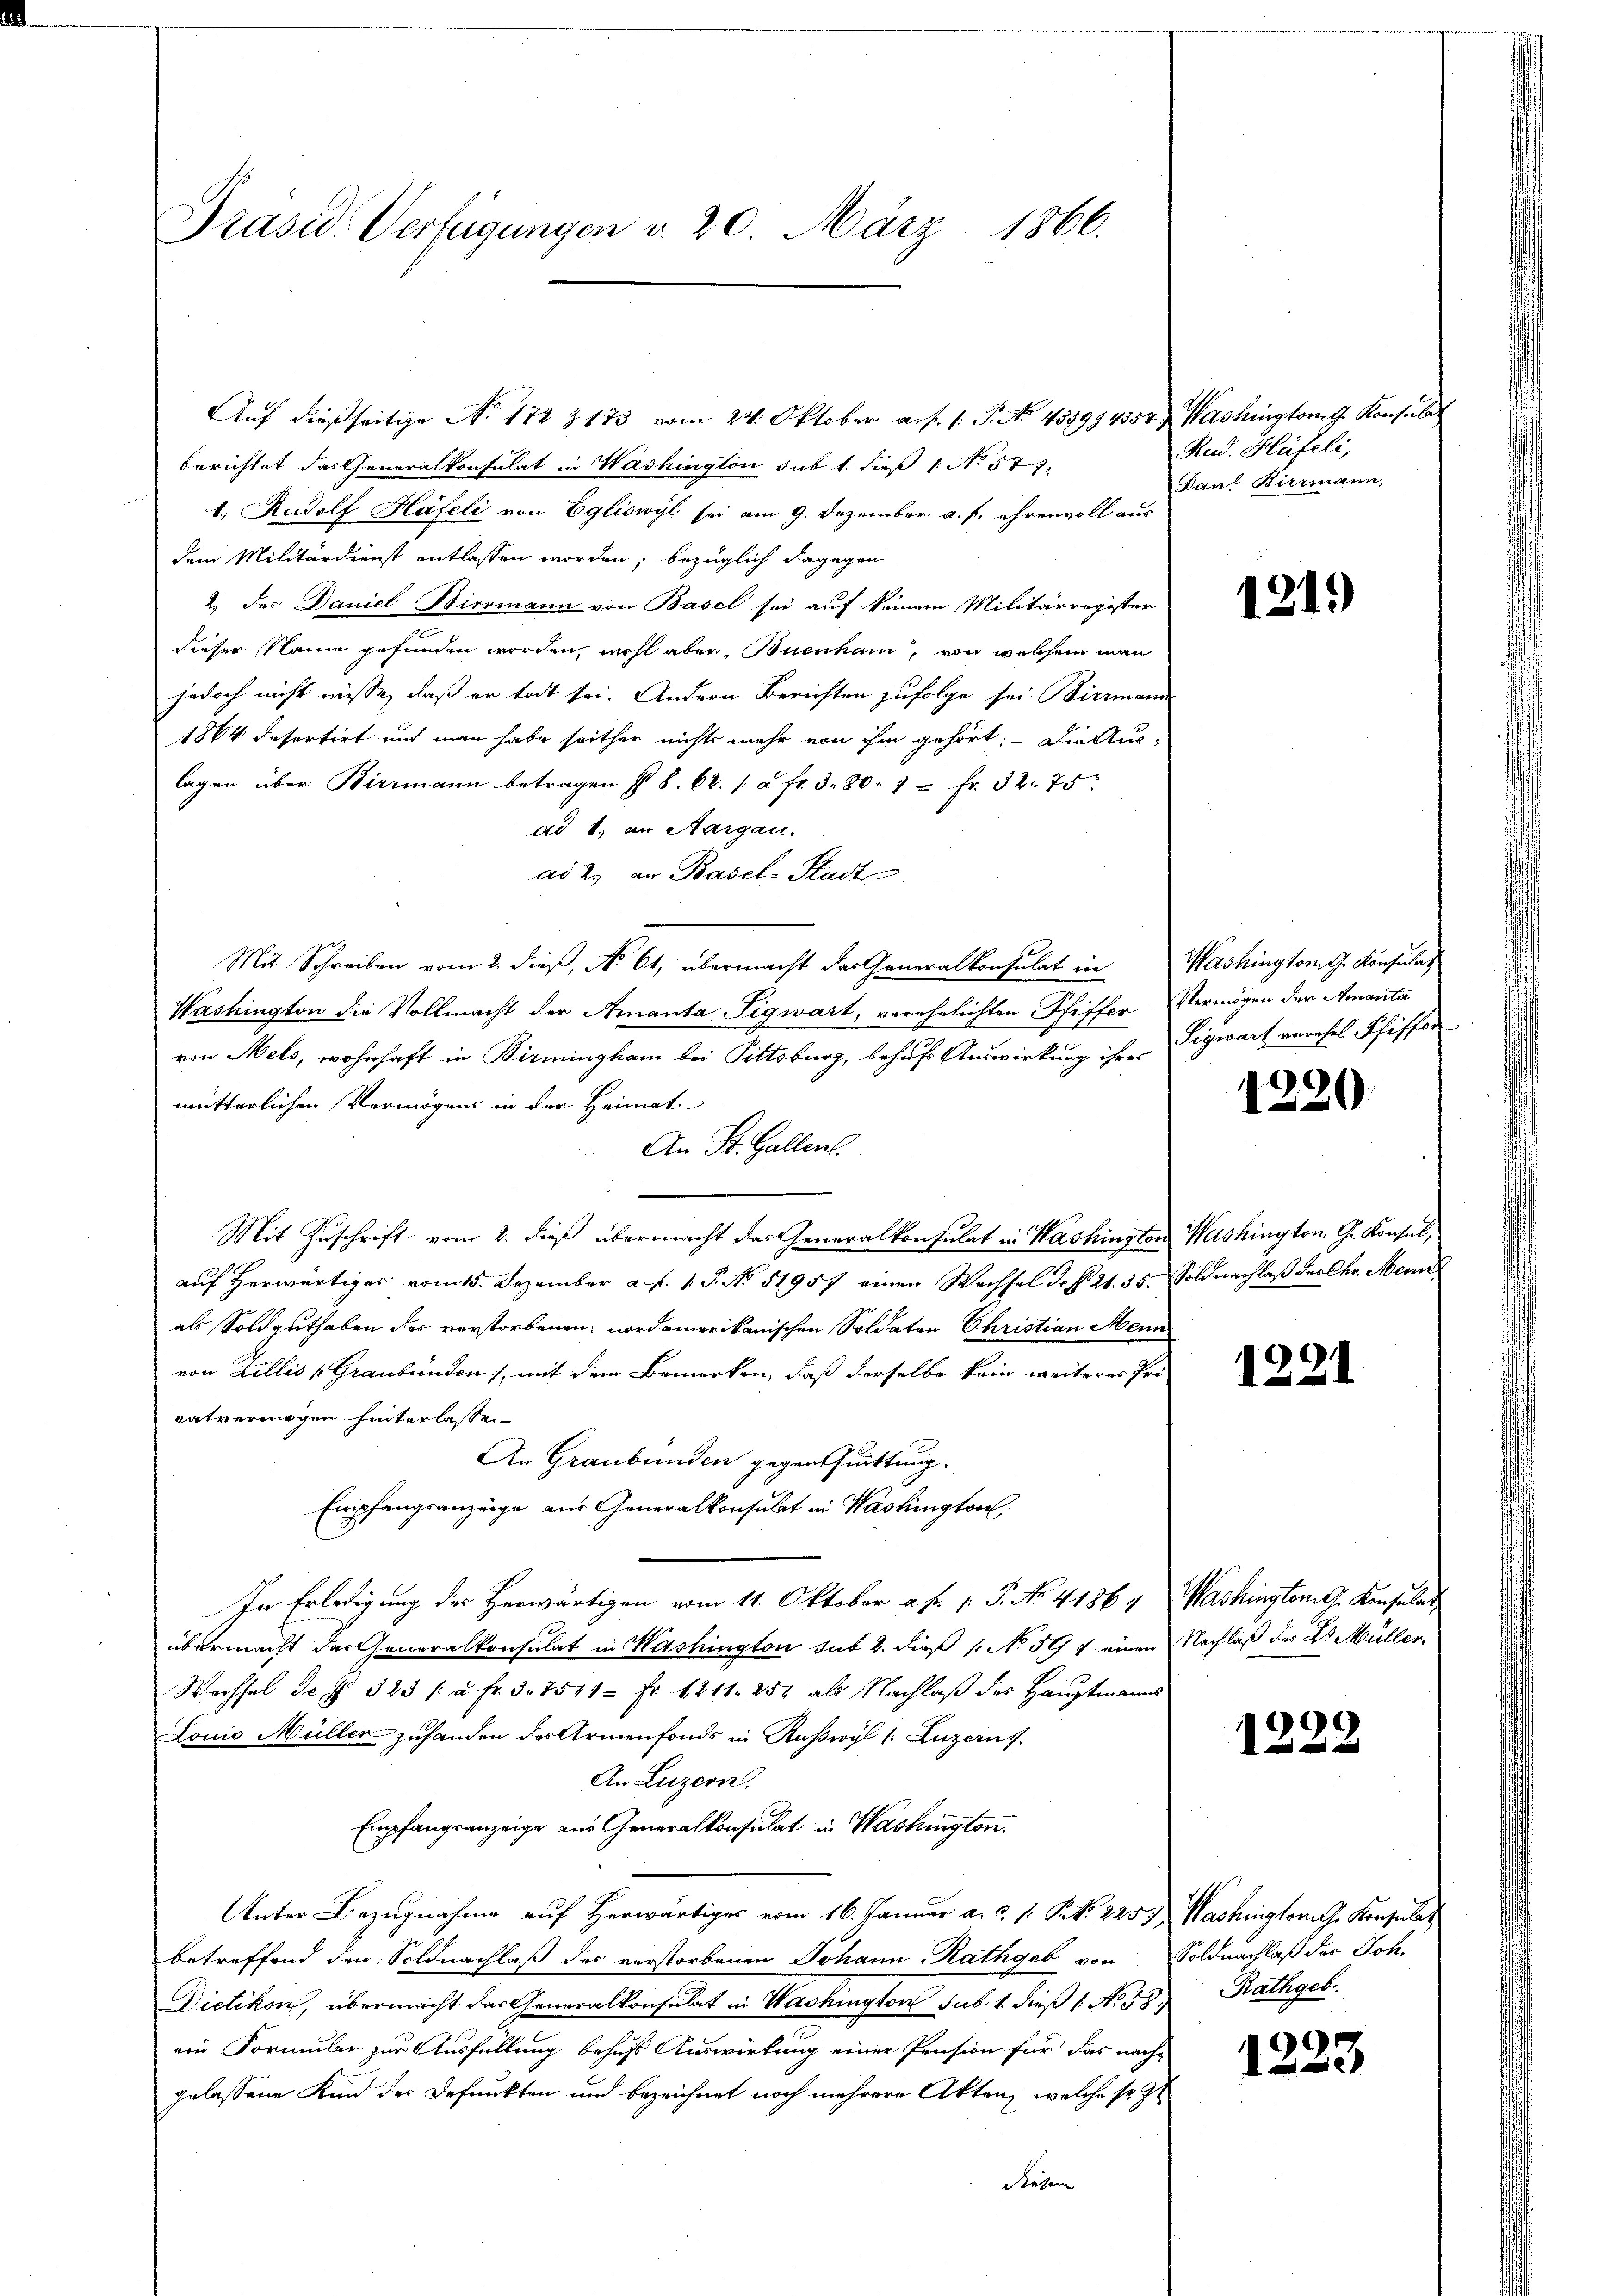
Präsid. Verfügungen d. 20. März 1866.

berichtet das Generalkonsulat in Washington sub 1. dieß (No 577.
1. Rudolf Häfeli von Egliswyl sei am 9. Dezember a. f. ehrenvoll aus
dem Militärdienst entlassen worden, bezüglich dagegen
2 des Daniel Biermann von Basel sei auf keinem Militärregister
dieser Name gefunden werden, wohl aber, Buenham, von welchem man
jedoch nicht wisse, daß er todt sei. Andern Berichten zufolge sei Biermann
1864 desertirt und man habe seither nichts mehr von ihm gehört. Die Auslagen über Biermann betragen § 8. 62. / à fr. 380. 4 = Fr. 32. 75
ad 1. an Aargau.
ad 2. an Basel-Stadt
Mit Schreiben vom 2. dieß, No 61, übermacht der Generalkonsulat in Washington G. Konsulat
Washington die Vollmacht der Amanta Tigwart, verehelichten Pfiffer Vermögen der Amanta
von Mels, wohnhaft in Birmingham bei Pittsburg, behufs Auswirkung ihre Sigwart verehel Pfiffer
mutterlichen Vermögens in der Heimat
An St. Gallen.
Mit Zuschrift vom 2. dieß übermacht das Generalkonsulat in Washington Washington G. Konsul,
auf Herwärtiges vom 15. Dezember a. f. 1. P. No. 51957 einen Wechsel der §. 2. 35. Soldnachlaß der Chr. Meine
als Soldguthaben des verstorbenen nordamerikanischen Soldaten Christian Mein
von Zillis (Graubünden), mit dem Bemerken, daß derselbe kein weiteres Pro-
vatvermögen hinterlassen
An Graubünden gegenthuittung.
Empfangsanzeige aus Generalkonsulat in Washington
In Erledigung des Herwärtigen vom 11. Oktober a. f. 1. P. No. 41867 Washington z. Konsulat
übermacht der Generalkonsulat in Washington sub 2. dieß (: No 597 einen Nachlaß des Dr. Müller,
Wechsel des 323 / à Fr. 3. 7541 = Fr. 1211. 257 als Nachlaß des Hauptmanns
Louis Müller zuhanden des Armenfonds in Ruswyl /: Luzerns
An Luzern.
Empfangsanzeige aus Generalkonsulat in Washington.
Unter Bezugnahme auf Herwärtiges vom 16. Januar a. ..  P. Nr. 2257) Washingtonis Konsulat
betreffend den Soldnachlaß des verstorbenen Johann Rathgeb von Soldnachlaß des Joh.
Dietikon, übermacht das Generalkonsulat in Washington sub 1. dieß 1 No 50. Rathgeb.
ein Formular zur Ausfüllung behufs Auswirkung einer Pension für das nach-
gelassene Kind der Defunkten und bezeichnet noch mehrere Akten, welche sr. Z
Diesem

Auf dießseitige Ao. 172 & 173 vom 24. Oktober auf 1. P. No 458994357) Washington G. Konsula

Rud. Häfeli,
Danl Birrmann,

121.)

1220.

1221

1222

¬
e